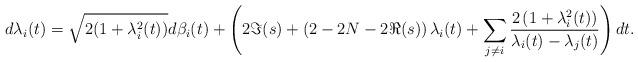
LaTeX: \begin{align*}d\lambda_i(t)=\sqrt{2(1+\lambda^2_i(t))}d\beta_i(t)+\left(2\Im(s)+\left(2-2N-2\Re(s)\right)\lambda_i(t)+\sum_{j\ne i}^{}\frac{2\left(1+\lambda^2_i(t)\right)}{\lambda_i(t)-\lambda_j(t)}\right)dt.\end{align*}